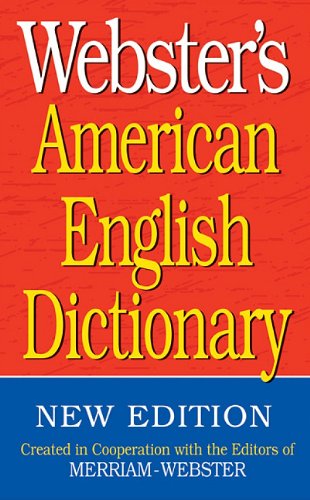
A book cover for Webster's American English Dictionary; Merriam-Webster; Reference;